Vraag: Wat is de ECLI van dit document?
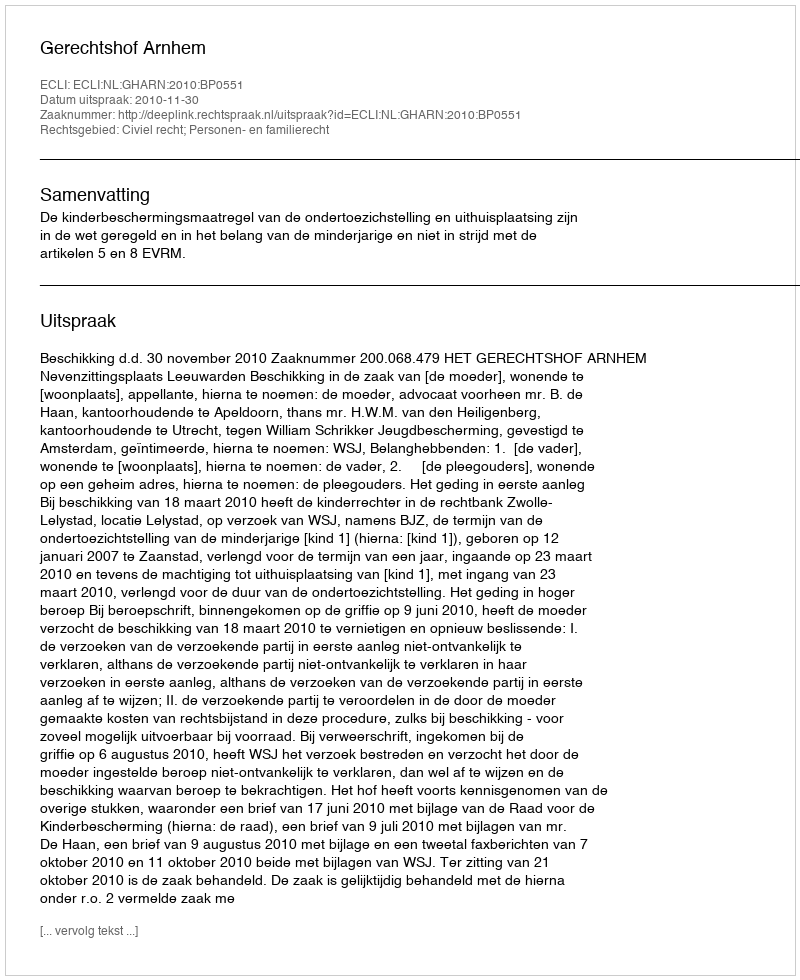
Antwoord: ECLI:NL:GHARN:2010:BP0551